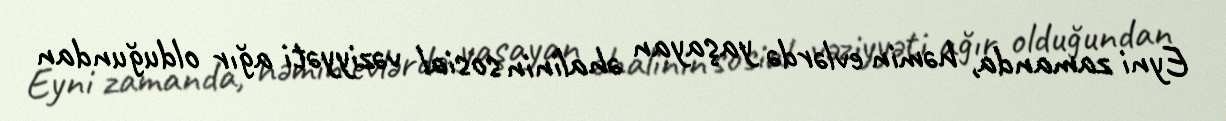
Eyni zamanda, həmin evlərdə yaşayan əhalinin sosial vəziyyəti ağır olduğundan